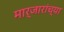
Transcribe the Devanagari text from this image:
मार्जारांच्या